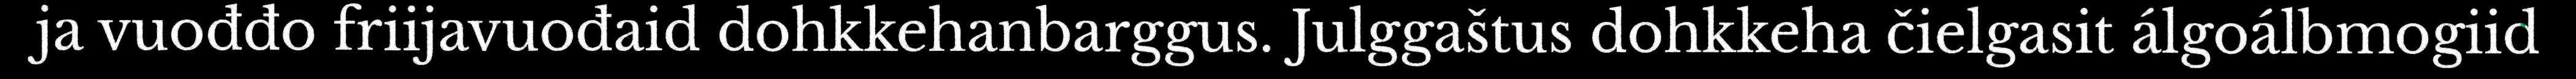
ja vuođđo friijavuođaid dohkkehanbarggus. Julggaštus dohkkeha čielgasit álgoálbmogiid